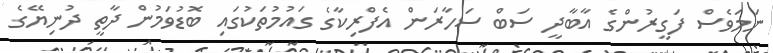
ނަމަވެސް ފަގީރުންގެ އާބާދީ ސަބް ސަހާރަން އެފްރިކާގެ ގައުމުތަކުގައި ބޮޑުވަމުން ދާތީ ދުނިޔޭގެ